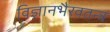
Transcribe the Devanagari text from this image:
विज्ञानभैरवतन्त्र